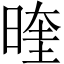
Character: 𭦭